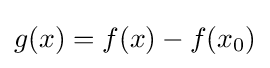
g(x)=f(x)-f(x_{0})